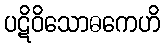
ပဋိဝိသောဓကေဟိ